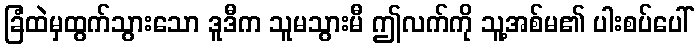
ခြံထဲမှထွက်သွားသော ဒူဒီက သူမသွားမီ ဤလက်ကို သူ့အစ်မ၏ ပါးစပ်ပေါ်